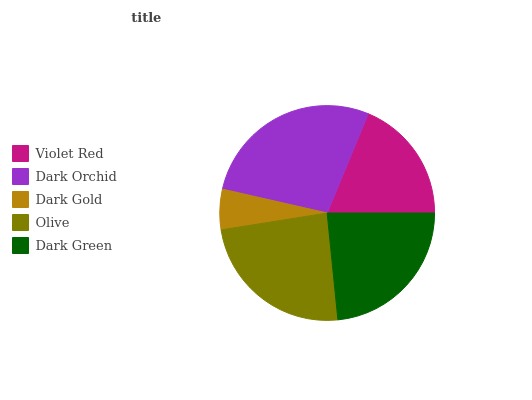
| Violet Red | Dark Orchid | Dark Gold | Olive | Dark Green |
 | --- | --- | --- | --- | --- |
 | 18.8% | 27.7% | 6.07% | 24% | 23.4% |